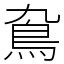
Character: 䲥